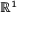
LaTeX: \mathbb { R } ^ { 1 }